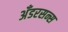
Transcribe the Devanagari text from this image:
अँडरसन्स